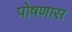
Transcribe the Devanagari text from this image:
पोषणास